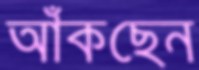
আঁকছেন